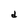
Character: d